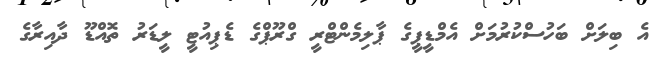
އެ ބިލަށް ބަހުސްކުރުމަށް އެމްޑީޕީގެ ޕާލިމެންޓްރީ ގްރޫޕްގެ ޑެޕިއުޓީ ލީޑަރު ތޮއްޑޫ ދާއިރާގެ